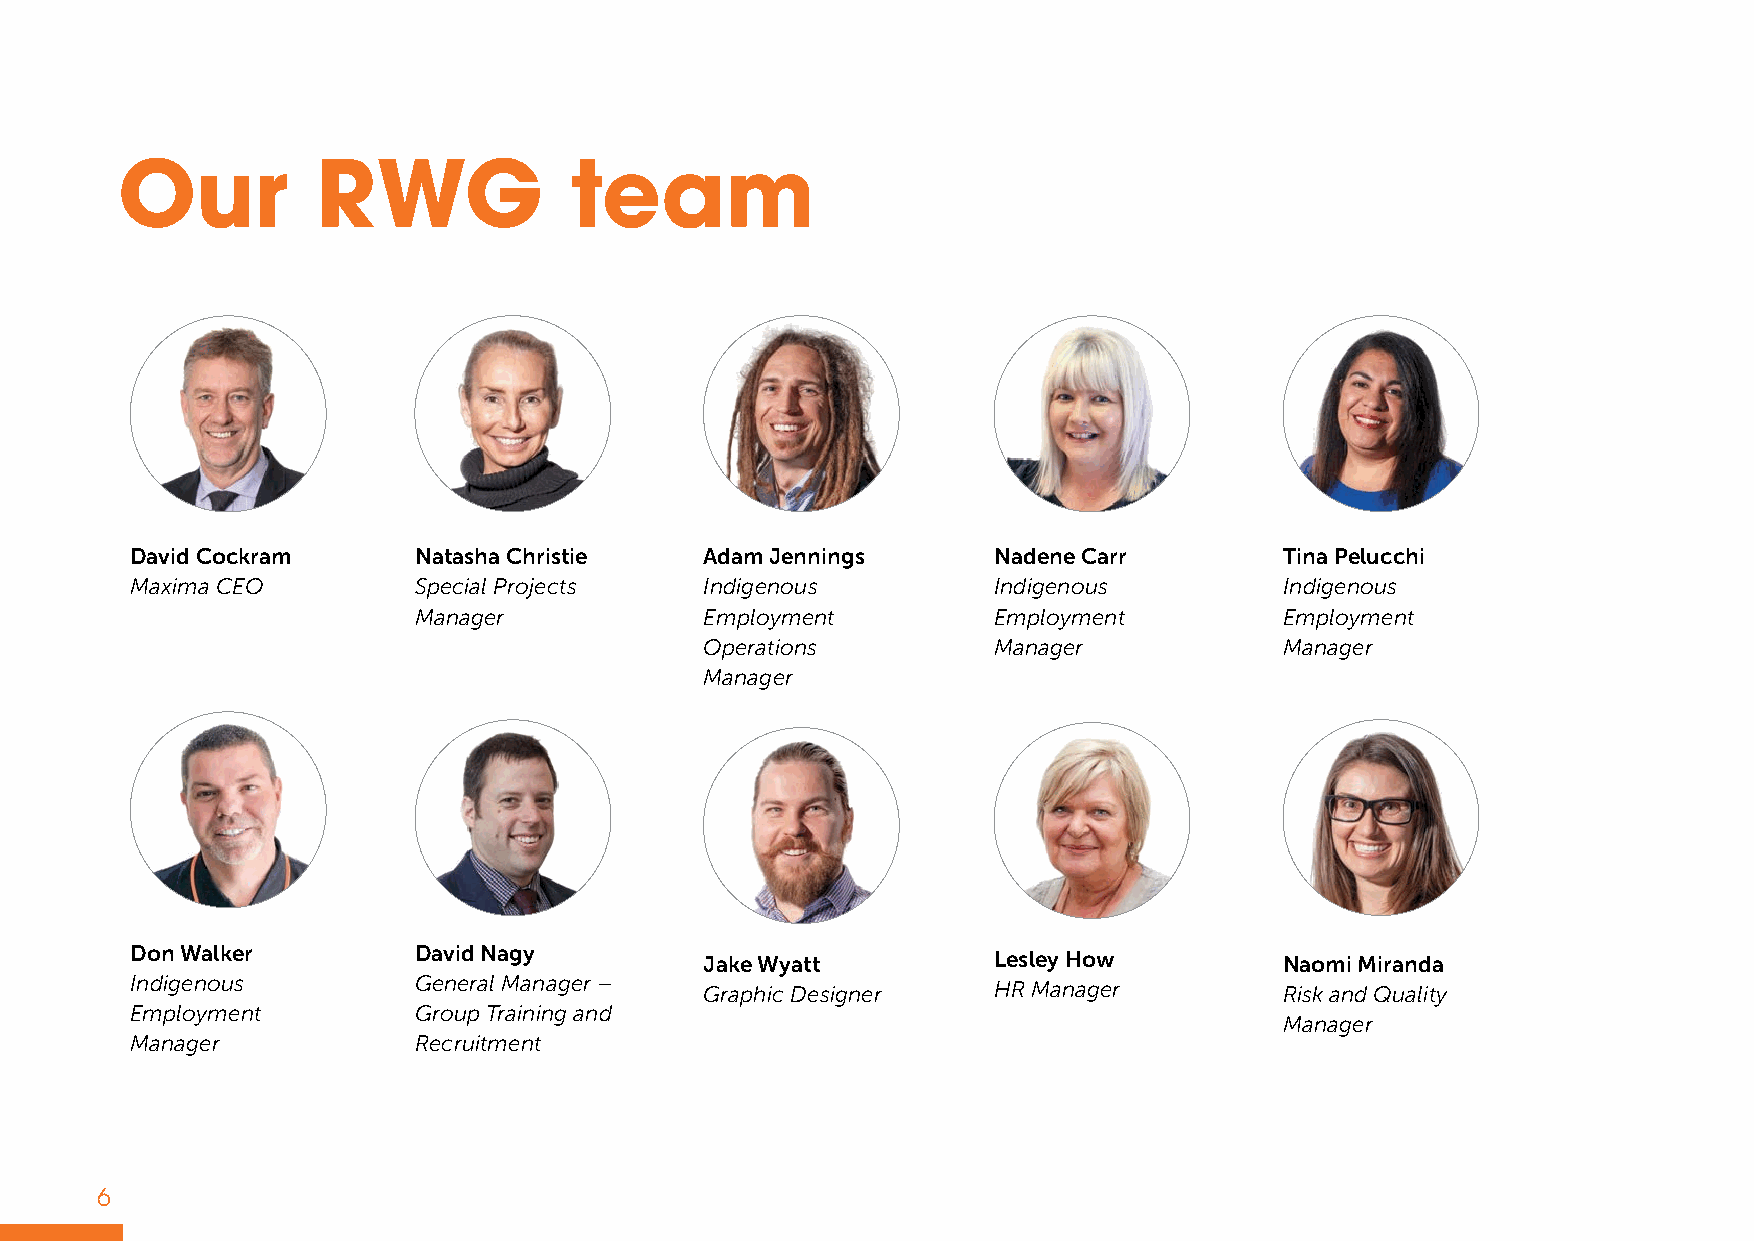
Our          RWG              team
 David Cockram     Natasha Christie    Adam Jennings      Nadene Carr        Tina Pelucchi
 Maxima CEO        Special Projects    Indigenous         Indigenous         Indigenous
 Manager             Employment         Employment         Employment
 Operations         Manager            Manager
 Manager
 Don Walker        David Nagy          Jake Wyatt         Lesley How         Naomi Miranda
 Indigenous        General Manager –   Graphic Designer   HR Manager         Risk and Quality
 Employment        Group Training and
 Manager
 Manager           Recruitment
 6